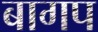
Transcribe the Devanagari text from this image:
बागप